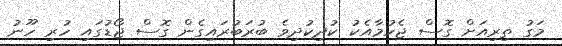
މަގު ތިރިއަށް ގޮސް ޖެހުމާއެކު ކުދިކުދިވެ ބުރަބުރައިގެން ގޮސް ޖޯޑުގައި ހުރި ހޫނު